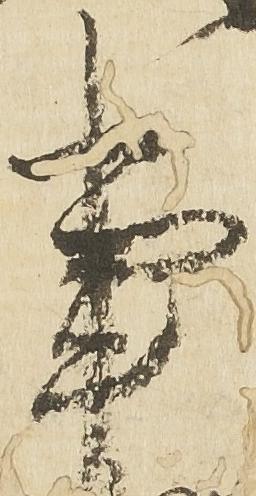
事